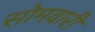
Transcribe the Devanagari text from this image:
सोमवारीं